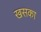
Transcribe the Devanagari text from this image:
खसका